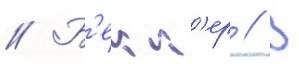
// Б'екк'ер // В